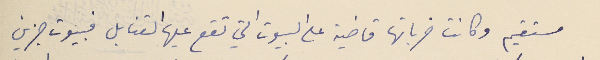
مستقيم وكانت ضرباتها قاضية على البيوت التي تقع عليها القنابل فبيوت جزين